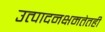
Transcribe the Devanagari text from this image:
उत्पादनक्षमतेतही